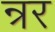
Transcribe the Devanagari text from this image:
न्रर